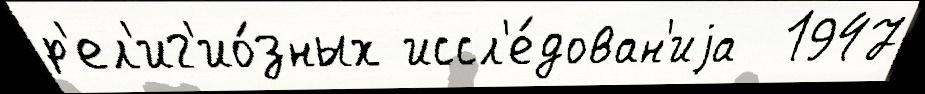
р'ел'иг'ио́зных иссл'е́дован'иjа  1947